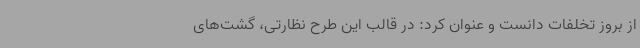
از بروز تخلفات دانست و عنوان کرد: در قالب این طرح نظارتی، گشت‌های